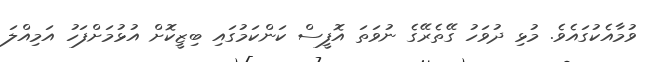
ވުމާއެކުގައެވެ. މުޅި ދުވަހު ގޭތެރޭގެ ނުވަތަ އޮފީސް ކަންކަމުގައި ބިޒީކޮށް އުޅުމަށްފަހު އަމިއްލަ